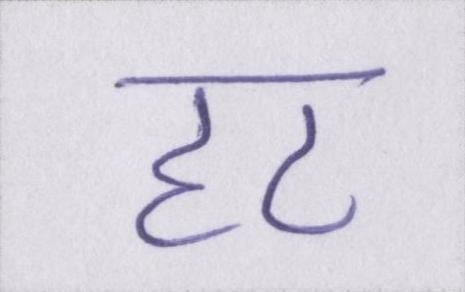
हट